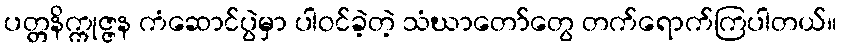
ပတ္တနိက္ကုဇ္ဇန ကံဆောင်ပွဲမှာ ပါဝင်ခဲ့တဲ့ သံဃာတော်တွေ တက်ရောက်ကြပါတယ်။